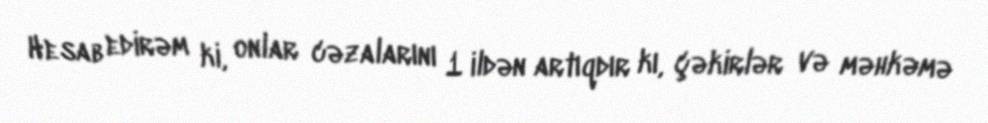
Hesab edirəm ki, onlar cəzalarını 1 ildən artıqdır kı, çəkirlər və məhkəmə